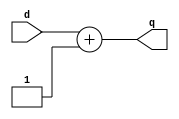
`timescale 1ns / 1ps
//////////////////////////////////////////////////////////////////////////////////
// Company: 
// Engineer: 
// 
// Design Name: 
// Module Name:    Incrementer 
// Project Name: 
// Target Devices: 
// Tool versions: 
// Description: 
//
// Dependencies: 
//
// Revision: 
// Revision 0.01 - File Created
// Additional Comments: 
//
//////////////////////////////////////////////////////////////////////////////////
module Incrementer(
    input [31:0] d,
    output [31:0] q
    );
	
	assign q = d + 1;

endmodule